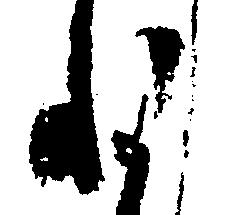
ね